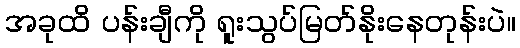
အခုထိ ပန်းချီကို ရူးသွပ်မြတ်နိုးနေတုန်းပဲ။